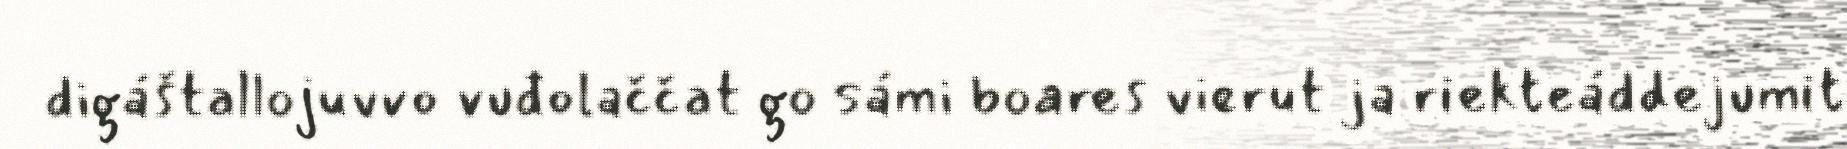
digáštallojuvvo vuđolaččat go sámi boares vierut ja riekteáddejumit